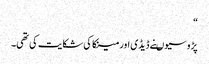
“
پڑوسیوںنے ڈیڈی اور مینکا کی شکایت کی تھی۔